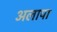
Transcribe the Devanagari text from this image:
अलापा